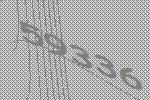
59336